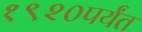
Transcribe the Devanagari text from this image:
१९२०पर्यंत